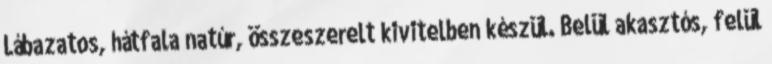
Lábazatos, hátfala natúr, összeszerelt kivitelben készül. Belül akasztós, felül